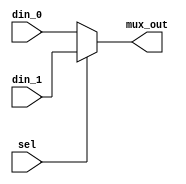
module mux15bits(
din_0      , // Mux first input
din_1      , // Mux second input
sel        , // Select input
mux_out      // Mux output
);

input [14:0] din_0, din_1;
input sel;

output [14:0] mux_out;

wire [14:0] mux_out;

assign mux_out = (sel) ? din_1 : din_0;

endmodule